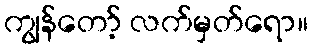
ကျွန်တော့် လက်မှတ်ရော။